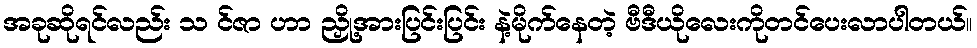
အခုဆိုရင်လည်း သ င်ဇာ ဟာ ညှို့အားပြင်းပြင်း နဲ့မိုက်နေတဲ့ ဗီဒီယိုလေးကိုတင်ပေးလာပါတယ်။